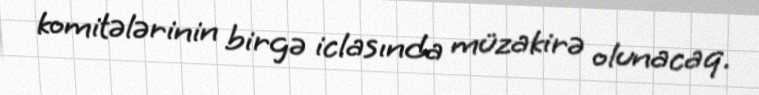
komitələrinin birgə iclasında müzakirə olunacaq.